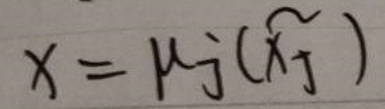
\(x = \mu_j (\hat{x}_j)\)